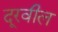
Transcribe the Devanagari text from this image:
दूरवील